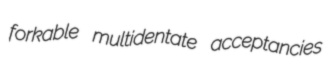
forkable multidentate acceptancies